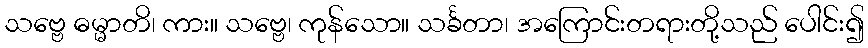
သဗ္ဗေ ဓမ္မာတိ၊ ကား။ သဗ္ဗေ၊ ကုန်သော။ သင်္ခတာ၊ အကြောင်းတရားတို့သည် ပေါင်း၍